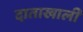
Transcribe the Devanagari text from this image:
दाताखाली